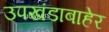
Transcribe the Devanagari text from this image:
उपखंडाबाहेर